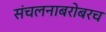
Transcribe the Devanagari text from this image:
संचलनाबरोबरच